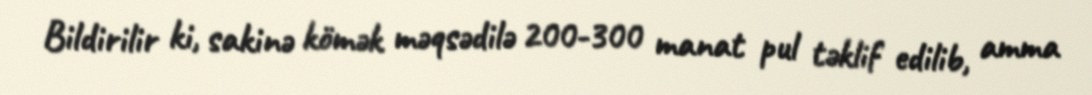
Bildirilir ki, sakinə kömək məqsədilə 200-300 manat pul təklif edilib, amma